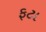
ફટા